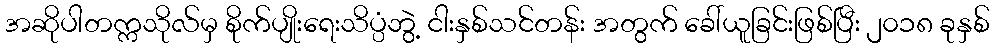
အဆိုပါတက္ကသိုလ်မှ စိုက်ပျိုးရေးသိပ္ပံဘွဲ့ ငါးနှစ်သင်တန်း အတွက် ခေါ်ယူခြင်းဖြစ်ပြီး ၂၀၁၈ ခုနှစ်